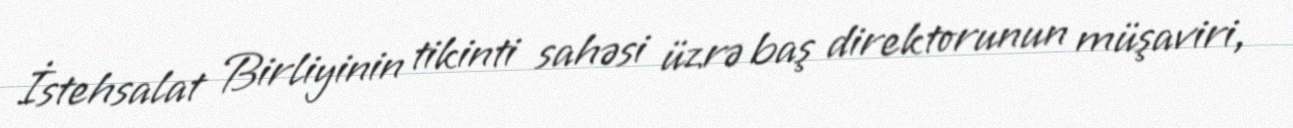
İstehsalat Birliyinin tikinti sahəsi üzrə baş direktorunun müşaviri,